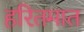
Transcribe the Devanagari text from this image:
हरितमात